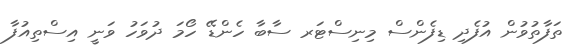
ތަފާތުވުން އުފެދި ޑިފެންސް މިނިސްޓަރ ސާބާ ހެންޑޭ ހޯމަ ދުވަހު ވަނީ އިސްތިއުފާ